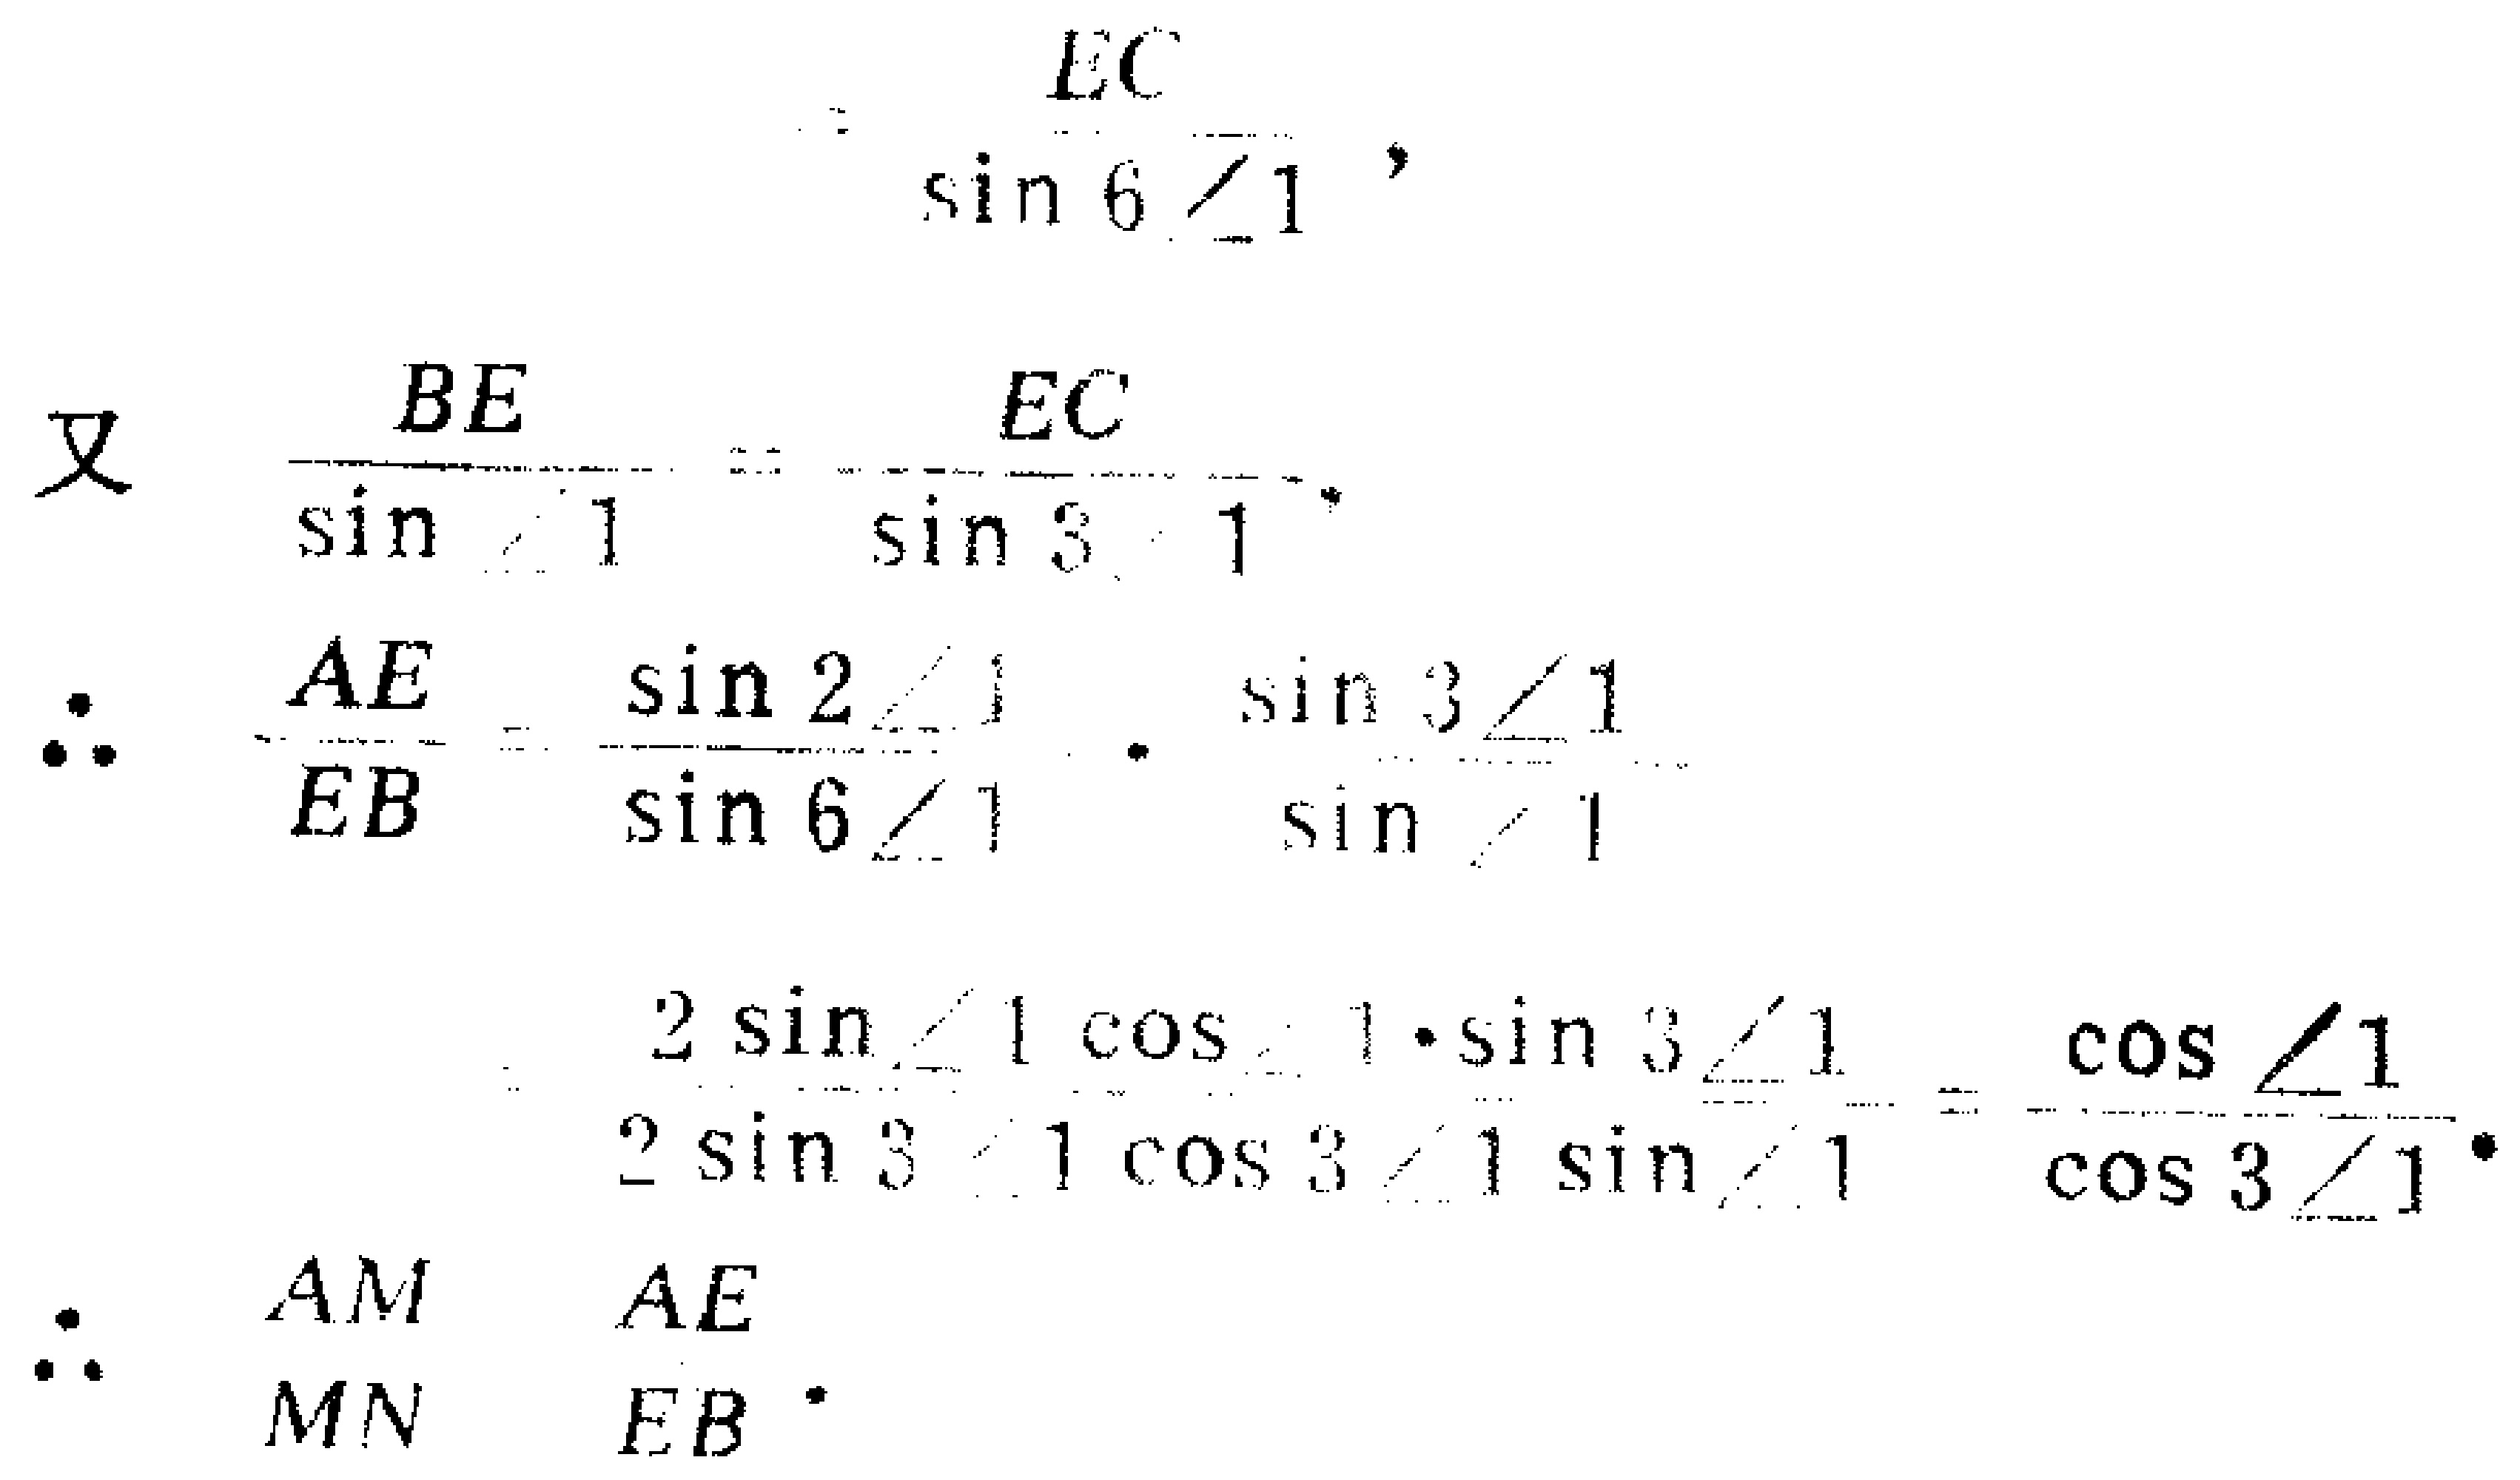
\[
\begin{align*}
&=\frac{EC}{\sin 6\angle1},\\
\text{又 }\frac{BE}{\sin\angle1}&=\frac{EC}{\sin 3\angle1},\\
\therefore \frac{AE}{EB}&=\frac{\sin 2\angle1}{\sin 6\angle1}\cdot\frac{\sin 3\angle1}{\sin\angle1}\\
&=\frac{2\sin\angle1\cos\angle1\cdot\sin 3\angle1}{2\sin 3\angle1\cos 3\angle1\sin\angle1}=\frac{\cos\angle1}{\cos 3\angle1}.\\
\therefore \frac{AM}{MN}&=\frac{AE}{EB}.
\end{align*}
\]